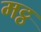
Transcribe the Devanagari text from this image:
मट्ठ